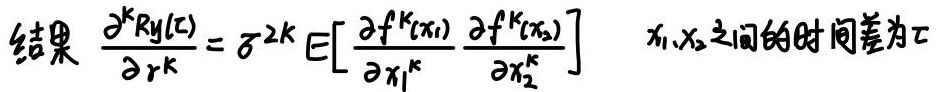
结果 $\frac{\partial^{k}R_y(\tau)}{\partial \tau^{k}} = \sigma^{2k} E\left[ \frac{\partial f^{k}(x_1)}{\partial x_1^{k}} \frac{\partial f^{k}(x_2)}{\partial x_2^{k}} \right]$ $x_1, x_2$之间的时间差为$\tau$